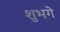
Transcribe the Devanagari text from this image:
शुभगे